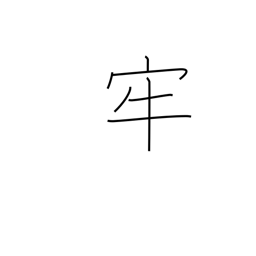
Meaning: prison